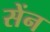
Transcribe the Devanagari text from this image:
सेंन